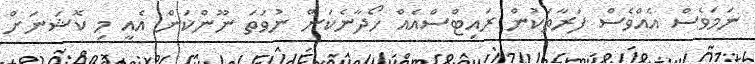
ނަމަވެސް އެއްވެސް ފަރާތަކުން ރައިޓްސްއެއް ހޯދާނެކަން ނުވަތަ ނޫންކަން އެއީ މި ކޮޝަނަށް